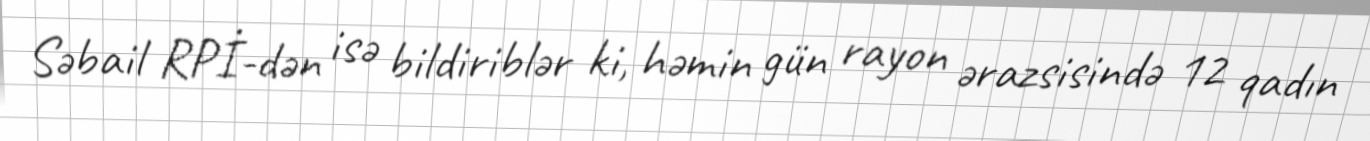
Səbail RPİ-dən isə bildiriblər ki, həmin gün rayon ərazsisində 12 qadın